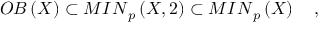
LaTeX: { \cal O B } \left( X \right) \subset { \cal M I N } _ { p } \left( X , 2 \right) \subset { \cal M I N } _ { p } \left( X \right) \quad ,